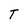
Character: T